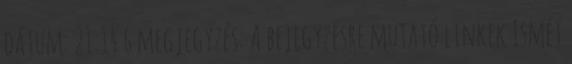
dátum: 21:14 6 megjegyzés: A bejegyzésre mutató linkek Ismét